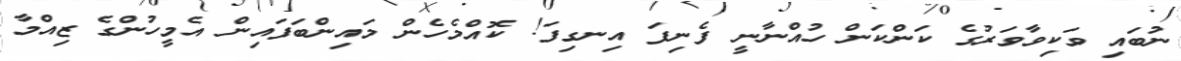
ނުބައި ވަކިވާވަރުގެ ކަންކަން ހުއްނާނީ ފެނިފަ އިނގިފަ! ކޮއްމެހެން މައިންބަފައިން އެމީހުންގެ ޒިއްމާ